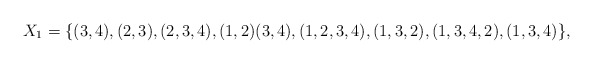
\begin{align*}X_1 = \{ (3, 4), (2, 3), (2, 3, 4), (1, 2)(3, 4), (1, 2, 3, 4), (1, 3, 2), (1, 3, 4, 2), (1, 3, 4)\}, \end{align*}